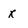
Character: x